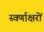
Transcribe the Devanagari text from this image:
स्‍वर्णाक्षरों